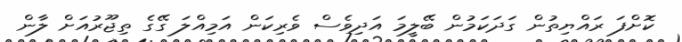
ކޮށްފަ ރައްޔިތުން ގަދަކަމުން ބޭލީމަ އަދިވެސް ވެރިކަން އަމިއްލަ ގޭގެ ތިޖޫރުއަށް ލާން